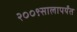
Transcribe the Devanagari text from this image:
२००९सालापर्यंत